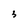
Character: 3